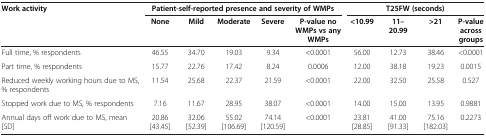
<table><thead><tr><td><b>Work activity</b></td><td colspan="5"><b>Patient-self-reported presence and severity of WMPs</b></td><td colspan="4"><b>T25FW (seconds)</b></td></tr><tr><td><b> </b></td><td><b>None</b></td><td><b>Mild</b></td><td><b>Moderate</b></td><td><b>Severe</b></td><td><b>P-value no WMPs vs any WMPs</b></td><td><b>&lt;10.99</b></td><td><b>11–20.99</b></td><td><b>&gt;21</b></td><td><b>P-value across groups</b></td></tr></thead><tbody><tr><td>Full time, % respondents</td><td>46.55</td><td>34.70</td><td>19.03</td><td>9.34</td><td>&lt;0.0001</td><td>56.00</td><td>12.73</td><td>38.46</td><td>&lt;0.0001</td></tr><tr><td>Part time, % respondents</td><td>15.77</td><td>22.76</td><td>17.42</td><td>8.24</td><td>0.0006</td><td>12.00</td><td>38.18</td><td>19.23</td><td>0.0015</td></tr><tr><td>Reduced weekly working hours due to MS, % respondents</td><td>11.54</td><td>25.68</td><td>22.37</td><td>21.59</td><td>&lt;0.0001</td><td>22.00</td><td>32.50</td><td>25.58</td><td>0.527</td></tr><tr><td>Stopped work due to MS, % respondents</td><td>7.16</td><td>11.67</td><td>28.95</td><td>38.07</td><td>&lt;0.0001</td><td>14.00</td><td>15.00</td><td>13.95</td><td>0.9881</td></tr><tr><td>Annual days off work due to MS, mean [SD]</td><td>20.86 [43.45]</td><td>32.06 [52.39]</td><td>55.02 [106.69]</td><td>74.14 [120.59]</td><td>&lt;0.0001</td><td>23.81 [28.85]</td><td>41.00 [91.33]</td><td>75.16 [182.03]</td><td>0.2273</td></tr></tbody></table>